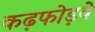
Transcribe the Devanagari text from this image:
कढ़फोड़वे